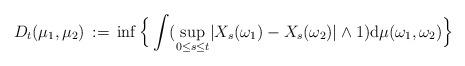
LaTeX: \begin{align*} D_{t} (\mu_{1}, \mu_{2}) \, :=\, \inf \Big \{ \int ( \sup_{0 \le s \le t} \lvert X_{s}(\omega_{1}) - X_{s}(\omega_{2}) \rvert \wedge 1 ) {\mathrm d} \mu( \omega_{1}, \omega_{2}) \Big\} \, \end{align*}